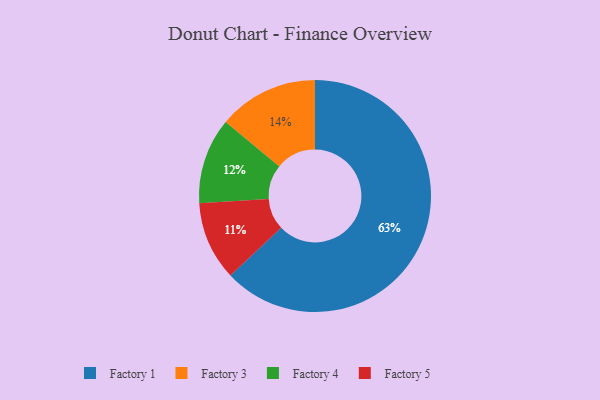
{"axis": {"x": "Category", "y": "Percentage"}, "legend": ["Factory 1", "Factory 3", "Factory 4", "Factory 5"], "data": [{"x": "Factory 1", "y": 63, "type": "Factory 1"}, {"x": "Factory 5", "y": 11, "type": "Factory 5"}, {"x": "Factory 4", "y": 12, "type": "Factory 4"}, {"x": "Factory 3", "y": 14, "type": "Factory 3"}]}